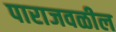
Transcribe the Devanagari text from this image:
पाराजवळील